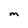
Character: M